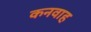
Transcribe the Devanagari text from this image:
कनवाह